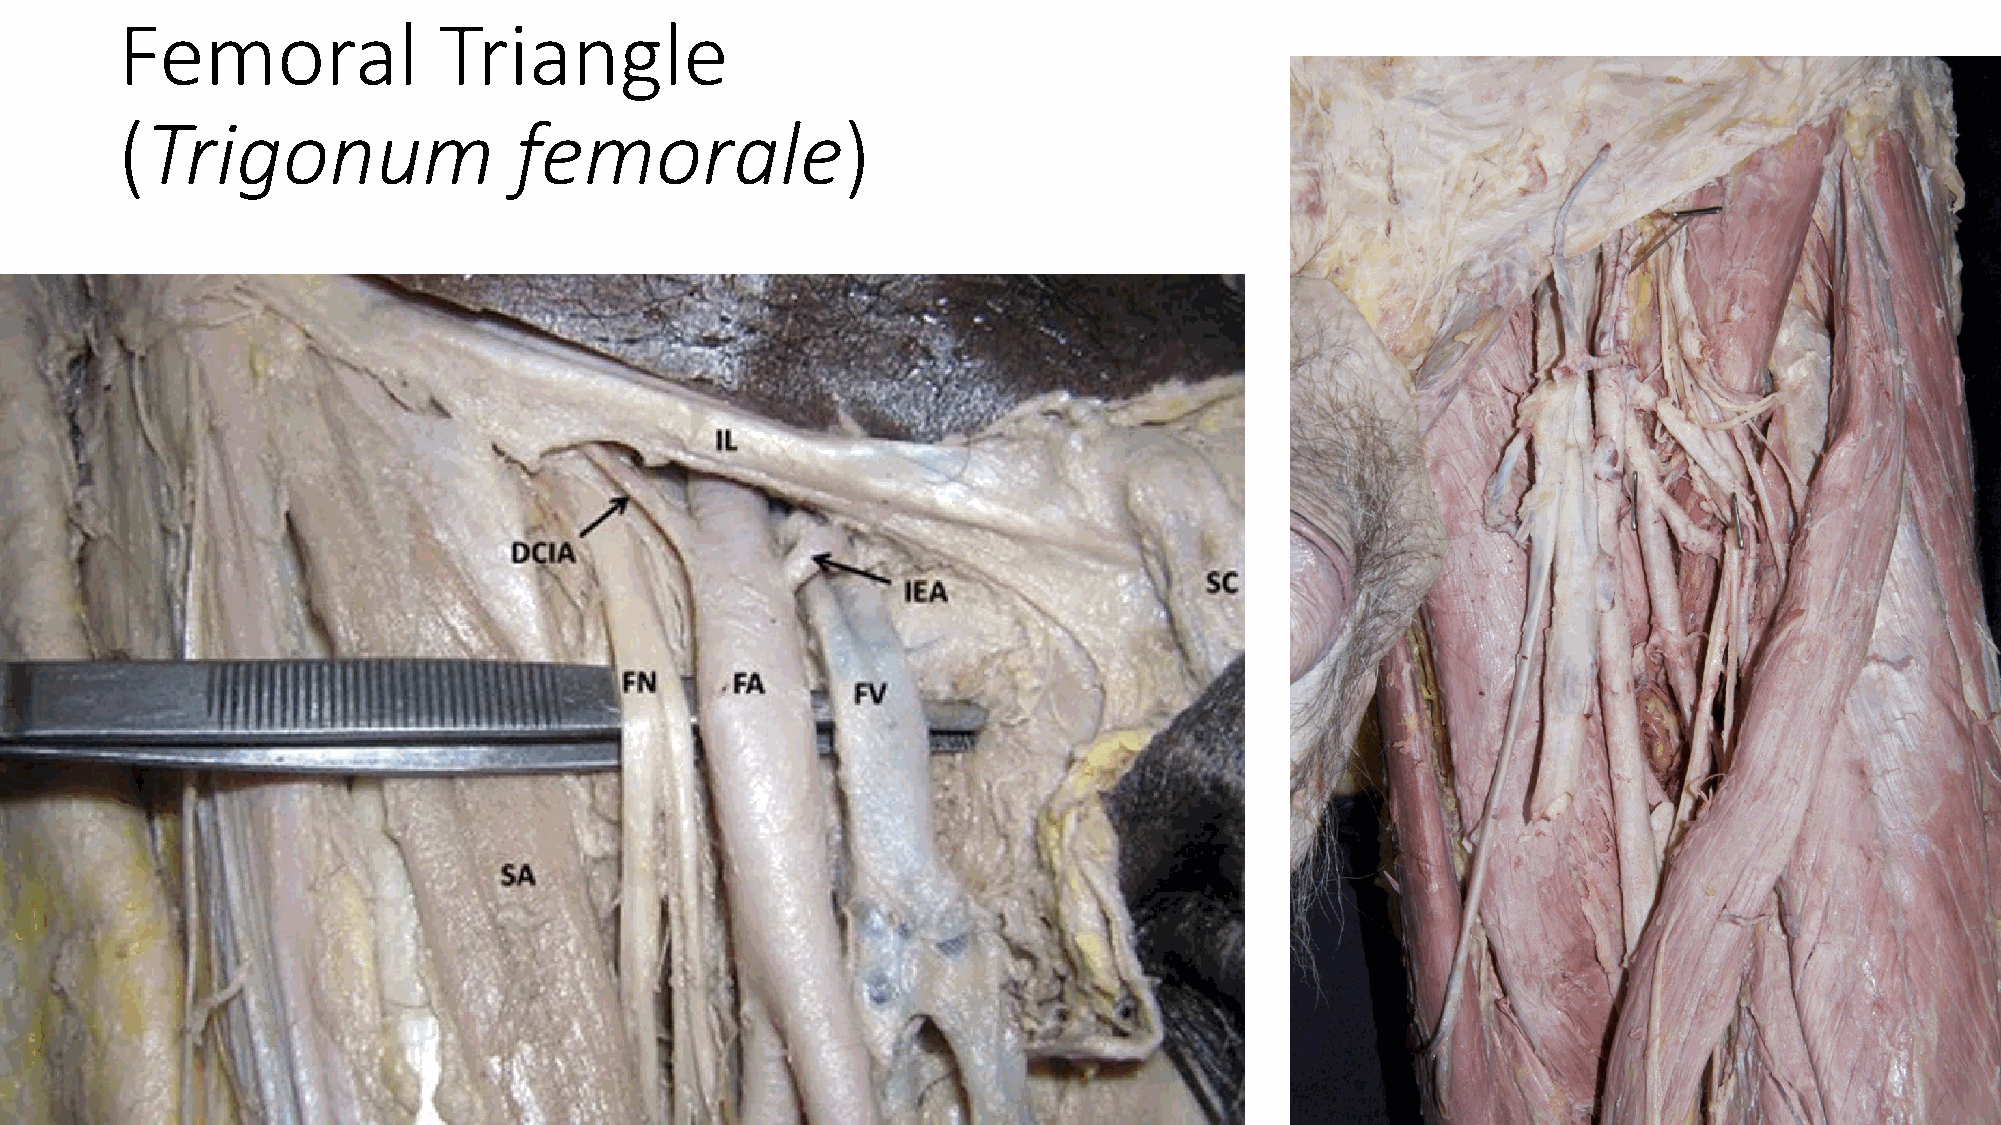
Femoral              Triangle
 (Trigonum                 femorale)